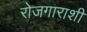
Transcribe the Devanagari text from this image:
रोजगाराशी